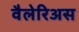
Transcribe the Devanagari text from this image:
वैलेरिअस